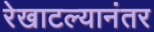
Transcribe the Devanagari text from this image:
रेखाटल्यानंतर